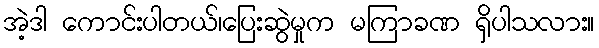
အဲ့ဒါ ကောင်းပါတယ်၊ပြေးဆွဲမှုက မကြာခဏ ရှိပါသလား။